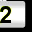
Digit: 2